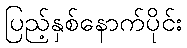
ပြည့်နှစ်နောက်ပိုင်း